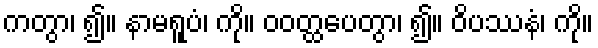
ကတွာ၊ ၍။ နာမရူပံ၊ ကို။ ဝဝတ္ထပေတွာ၊ ၍။ ဝိပဿနံ၊ ကို။